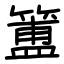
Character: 簠